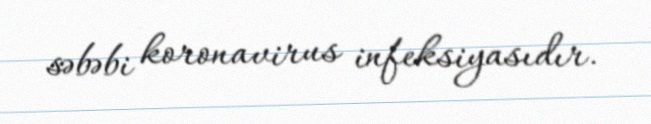
səbəbi koronavirus infeksiyasıdır.